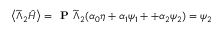
\left\langle \widetilde { \Lambda } _ { 2 } \hat { H } \right\rangle = \textbf { P } \widetilde { \Lambda } _ { 2 } ( \boldsymbol { \alpha } _ { 0 } \eta + \boldsymbol { \alpha } _ { 1 } \psi _ { 1 } + + \boldsymbol { \alpha } _ { 2 } \psi _ { 2 } ) = \psi _ { 2 }